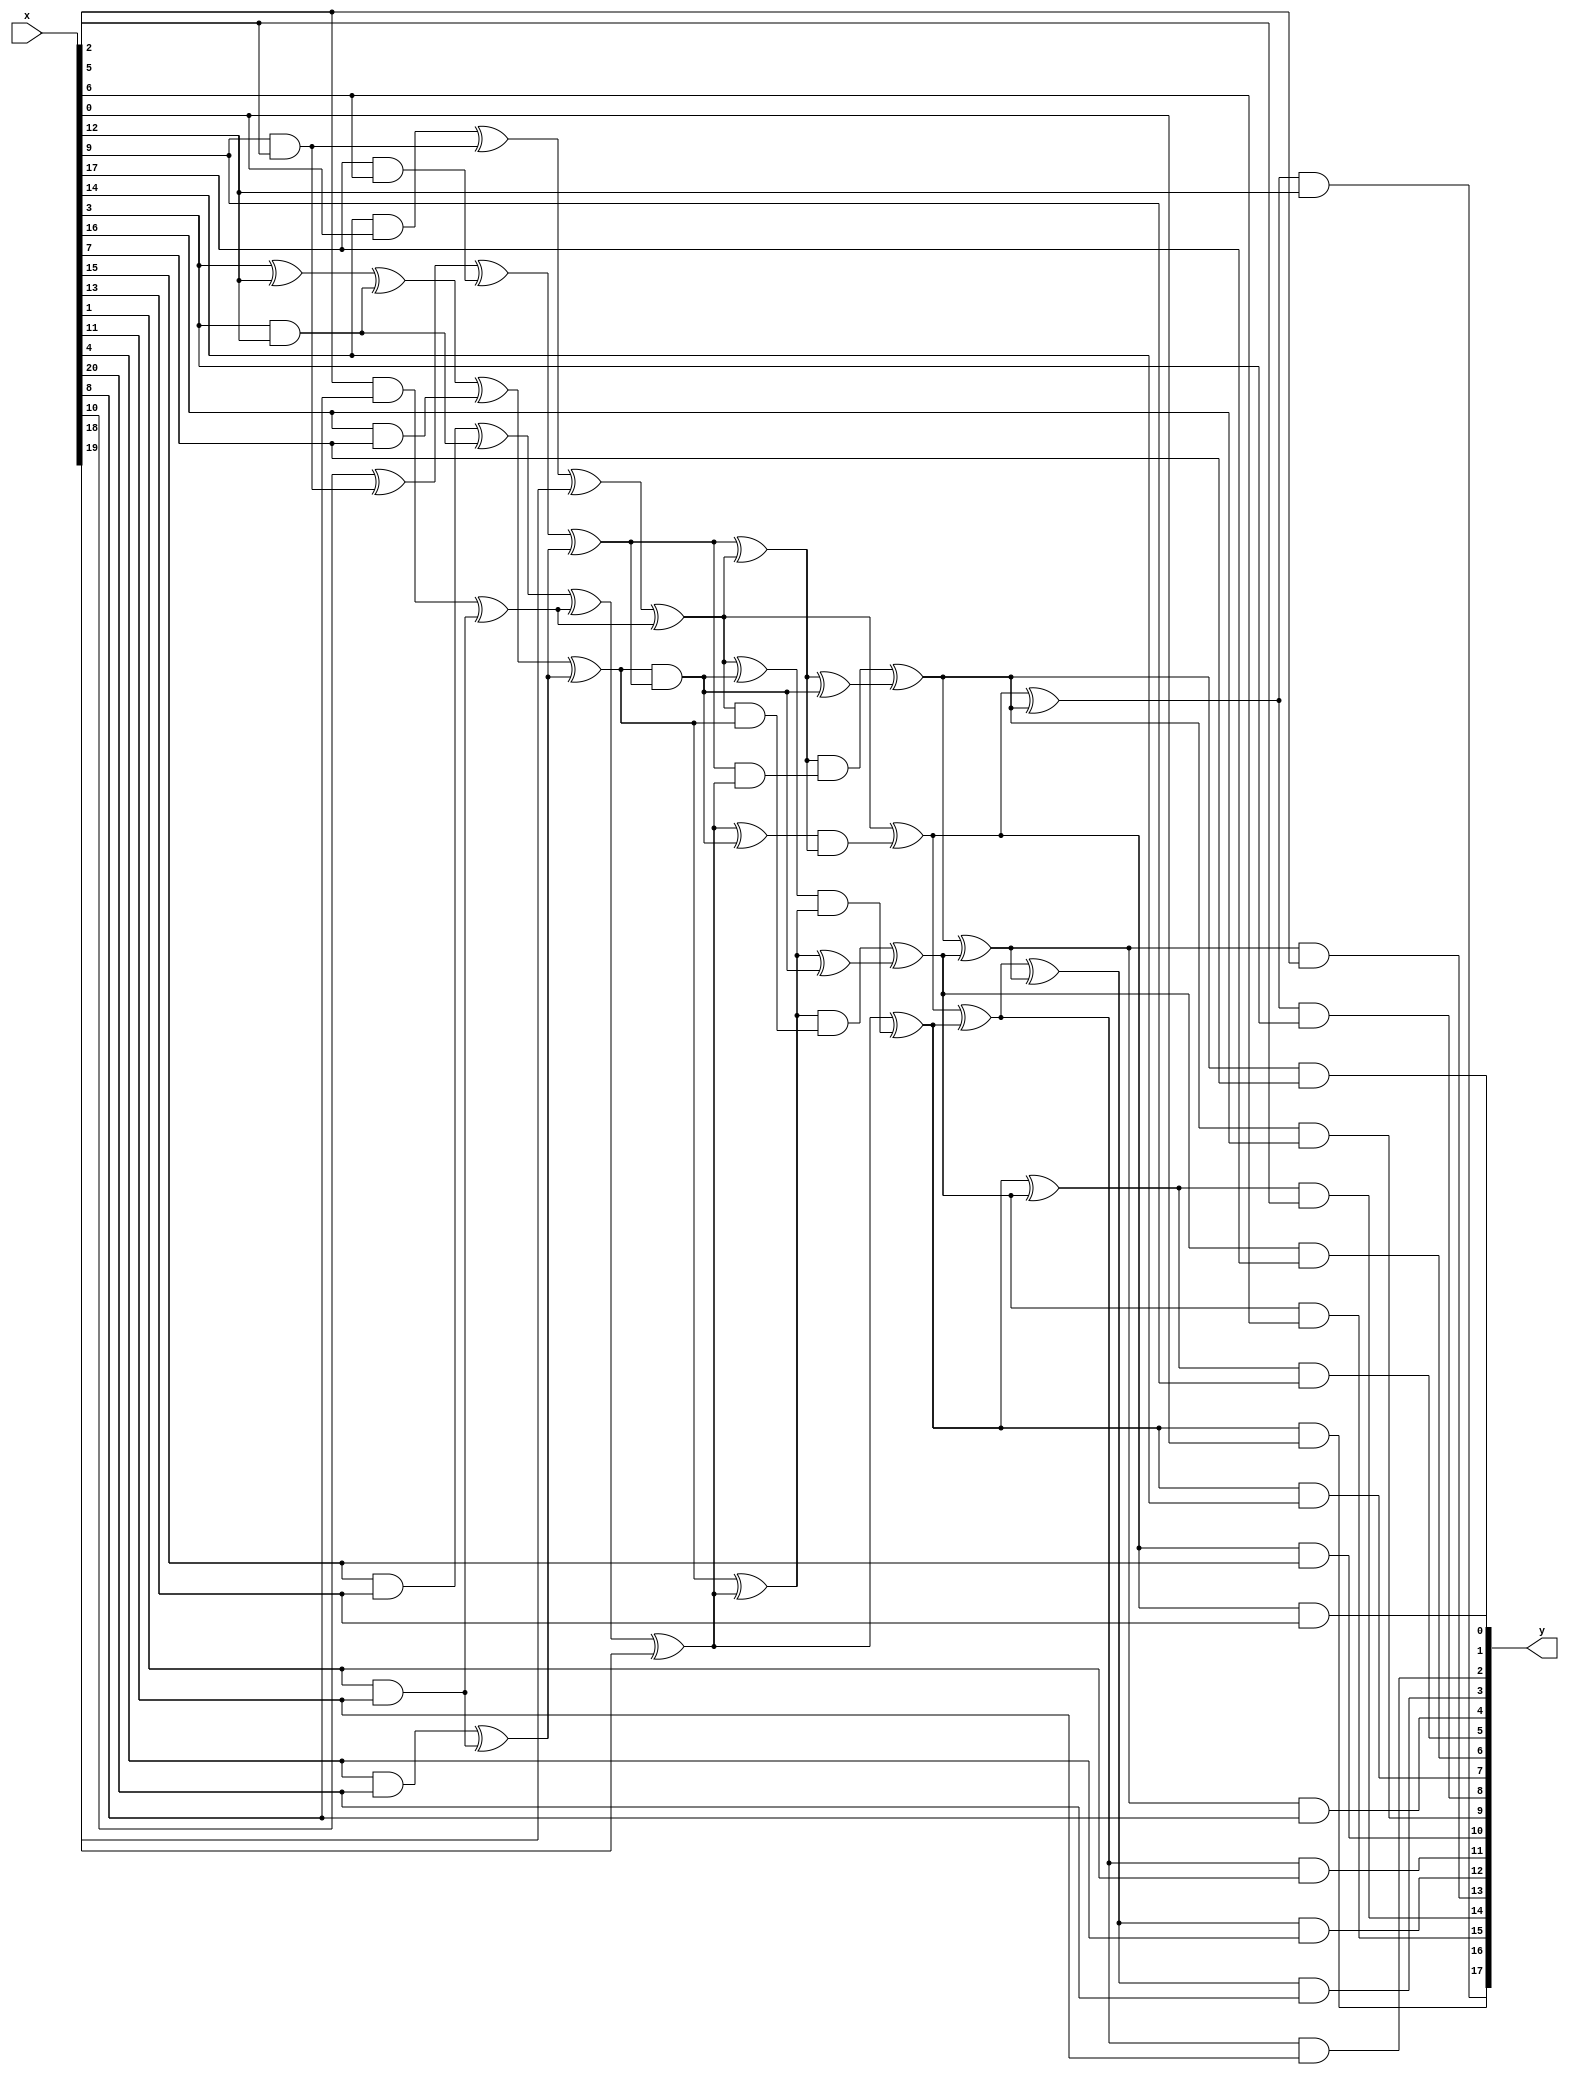
//  sboxes.v
//  2020-01-29  Markku-Juhani O. Saarinen <mjos@pqshield.com>
//  Copyright (c) 2020, PQShield Ltd. All rights reserved.

/*

    Non-hardened combinatorial logic for AES, inverse AES, and SM4 S-Boxes.

    Each S-Box has a nonlinear middle layer sandwitched between linear
    top and bottom layers. In this version the top ("inner") layer expands
    8 bits to 21 bits while the bottom layer compresses 18 bits back to 8.

    Overall structure and AES and AES^-1 slightly modified from [BoPe12].
    SM4 top and bottom layers by Markku-Juhani O. Saarinen, January 2020.

    The middle layer is common between all; the beneficiality of muxing it
    depends on target. Currently we are not doing it.

    How? Because all of these are "Nyberg S-boxes" [Ny93]; built form a
    multiplicative inverse in GF(256) and are therefore affine isomorphic.

    [BoPe12] Boyar J., Peralta R. "A Small Depth-16 Circuit for the AES
    S-Box." Proc.SEC 2012. IFIP AICT 376. Springer, pp. 287-298 (2012)
    DOI: https://doi.org/10.1007/978-3-642-30436-1_24
    Preprint: https://eprint.iacr.org/2011/332.pdf

    [Ny93] Nyberg K., "Differentially Uniform Mappings for Cryptography",
    Proc. EUROCRYPT '93, LNCS 765, Springer, pp. 55-64 (1993)
    DOI: https://doi.org/10.1007/3-540-48285-7_6

*/

//  The shared non-linear middle part for AES, AES^-1, and SM4.

module sbox_inv_mid( output [17:0] y, input [20:0] x );

    /* verilator lint_off UNOPTFLAT */
    wire [45:0] t;
    /* verilator lint_on UNOPTFLAT */

    assign  t[ 0] = x[ 3] ^  x[12];
    assign  t[ 1] = x[ 9] &  x[ 5];
    assign  t[ 2] = x[17] &  x[ 6];
    assign  t[ 3] = x[10] ^  t[ 1];
    assign  t[ 4] = x[14] &  x[ 0];
    assign  t[ 5] = t[ 4] ^  t[ 1];
    assign  t[ 6] = x[ 3] &  x[12];
    assign  t[ 7] = x[16] &  x[ 7];
    assign  t[ 8] = t[ 0] ^  t[ 6];
    assign  t[ 9] = x[15] &  x[13];
    assign  t[10] = t[ 9] ^  t[ 6];
    assign  t[11] = x[ 1] &  x[11];
    assign  t[12] = x[ 4] &  x[20];
    assign  t[13] = t[12] ^  t[11];
    assign  t[14] = x[ 2] &  x[ 8];
    assign  t[15] = t[14] ^  t[11];
    assign  t[16] = t[ 3] ^  t[ 2];
    assign  t[17] = t[ 5] ^  x[18];
    assign  t[18] = t[ 8] ^  t[ 7];
    assign  t[19] = t[10] ^  t[15];
    assign  t[20] = t[16] ^  t[13];
    assign  t[21] = t[17] ^  t[15];
    assign  t[22] = t[18] ^  t[13];
    assign  t[23] = t[19] ^  x[19];
    assign  t[24] = t[22] ^  t[23];
    assign  t[25] = t[22] &  t[20];
    assign  t[26] = t[21] ^  t[25];
    assign  t[27] = t[20] ^  t[21];
    assign  t[28] = t[23] ^  t[25];
    assign  t[29] = t[28] &  t[27];
    assign  t[30] = t[26] &  t[24];
    assign  t[31] = t[20] &  t[23];
    assign  t[32] = t[27] &  t[31];
    assign  t[33] = t[27] ^  t[25];
    assign  t[34] = t[21] &  t[22];
    assign  t[35] = t[24] &  t[34];
    assign  t[36] = t[24] ^  t[25];
    assign  t[37] = t[21] ^  t[29];
    assign  t[38] = t[32] ^  t[33];
    assign  t[39] = t[23] ^  t[30];
    assign  t[40] = t[35] ^  t[36];
    assign  t[41] = t[38] ^  t[40];
    assign  t[42] = t[37] ^  t[39];
    assign  t[43] = t[37] ^  t[38];
    assign  t[44] = t[39] ^  t[40];
    assign  t[45] = t[42] ^  t[41];
    assign  y[ 0] = t[38] &  x[ 7];
    assign  y[ 1] = t[37] &  x[13];
    assign  y[ 2] = t[42] &  x[11];
    assign  y[ 3] = t[45] &  x[20];
    assign  y[ 4] = t[41] &  x[ 8];
    assign  y[ 5] = t[44] &  x[ 9];
    assign  y[ 6] = t[40] &  x[17];
    assign  y[ 7] = t[39] &  x[14];
    assign  y[ 8] = t[43] &  x[ 3];
    assign  y[ 9] = t[38] &  x[16];
    assign  y[10] = t[37] &  x[15];
    assign  y[11] = t[42] &  x[ 1];
    assign  y[12] = t[45] &  x[ 4];
    assign  y[13] = t[41] &  x[ 2];
    assign  y[14] = t[44] &  x[ 5];
    assign  y[15] = t[40] &  x[ 6];
    assign  y[16] = t[39] &  x[ 0];
    assign  y[17] = t[43] &  x[12];

endmodule

//  === AES (Forward) ===

`ifndef E1S_NO_AES

//  top (inner) linear layer for AES

module sbox_aes_top( output [20:0] y, input [7:0] x);

    /* verilator lint_off UNOPTFLAT */
    wire [5:0] t;
    /* verilator lint_on UNOPTFLAT */

    assign  y[ 0] = x[ 0];
    assign  y[ 1] = x[ 7] ^  x[ 4];
    assign  y[ 2] = x[ 7] ^  x[ 2];
    assign  y[ 3] = x[ 7] ^  x[ 1];
    assign  y[ 4] = x[ 4] ^  x[ 2];
    assign  t[ 0] = x[ 3] ^  x[ 1];
    assign  y[ 5] = y[ 1] ^  t[ 0];
    assign  t[ 1] = x[ 6] ^  x[ 5];
    assign  y[ 6] = x[ 0] ^  y[ 5];
    assign  y[ 7] = x[ 0] ^  t[ 1];
    assign  y[ 8] = y[ 5] ^  t[ 1];
    assign  t[ 2] = x[ 6] ^  x[ 2];
    assign  t[ 3] = x[ 5] ^  x[ 2];
    assign  y[ 9] = y[ 3] ^  y[ 4];
    assign  y[10] = y[ 5] ^  t[ 2];
    assign  y[11] = t[ 0] ^  t[ 2];
    assign  y[12] = t[ 0] ^  t[ 3];
    assign  y[13] = y[ 7] ^  y[12];
    assign  t[ 4] = x[ 4] ^  x[ 0];
    assign  y[14] = t[ 1] ^  t[ 4];
    assign  y[15] = y[ 1] ^  y[14];
    assign  t[ 5] = x[ 1] ^  x[ 0];
    assign  y[16] = t[ 1] ^  t[ 5];
    assign  y[17] = y[ 2] ^  y[16];
    assign  y[18] = y[ 2] ^  y[ 8];
    assign  y[19] = y[15] ^  y[13];
    assign  y[20] = y[ 1] ^  t[ 3];

endmodule

//  bottom (outer) linear layer for AES

module sbox_aes_out( output [7:0] y, input [17:0] x);

    /* verilator lint_off UNOPTFLAT */
    wire [29:0] t;
    /* verilator lint_on UNOPTFLAT */

    assign  t[ 0] = x[11] ^  x[12];
    assign  t[ 1] = x[ 0] ^  x[ 6];
    assign  t[ 2] = x[14] ^  x[16];
    assign  t[ 3] = x[15] ^  x[ 5];
    assign  t[ 4] = x[ 4] ^  x[ 8];
    assign  t[ 5] = x[17] ^  x[11];
    assign  t[ 6] = x[12] ^  t[ 5];
    assign  t[ 7] = x[14] ^  t[ 3];
    assign  t[ 8] = x[ 1] ^  x[ 9];
    assign  t[ 9] = x[ 2] ^  x[ 3];
    assign  t[10] = x[ 3] ^  t[ 4];
    assign  t[11] = x[10] ^  t[ 2];
    assign  t[12] = x[16] ^  x[ 1];
    assign  t[13] = x[ 0] ^  t[ 0];
    assign  t[14] = x[ 2] ^  x[11];
    assign  t[15] = x[ 5] ^  t[ 1];
    assign  t[16] = x[ 6] ^  t[ 0];
    assign  t[17] = x[ 7] ^  t[ 1];
    assign  t[18] = x[ 8] ^  t[ 8];
    assign  t[19] = x[13] ^  t[ 4];
    assign  t[20] = t[ 0] ^  t[ 1];
    assign  t[21] = t[ 1] ^  t[ 7];
    assign  t[22] = t[ 3] ^  t[12];
    assign  t[23] = t[18] ^  t[ 2];
    assign  t[24] = t[15] ^  t[ 9];
    assign  t[25] = t[ 6] ^  t[10];
    assign  t[26] = t[ 7] ^  t[ 9];
    assign  t[27] = t[ 8] ^  t[10];
    assign  t[28] = t[11] ^  t[14];
    assign  t[29] = t[11] ^  t[17];
    assign  y[ 0] = t[ 6] ^~ t[23];
    assign  y[ 1] = t[13] ^~ t[27];
    assign  y[ 2] = t[25] ^  t[29];
    assign  y[ 3] = t[20] ^  t[22];
    assign  y[ 4] = t[ 6] ^  t[21];
    assign  y[ 5] = t[19] ^~ t[28];
    assign  y[ 6] = t[16] ^~ t[26];
    assign  y[ 7] = t[ 6] ^  t[24];

endmodule

//  AES s-box

module aes_fwd_sbox( output [7:0] fx, input [7:0] in );

    /* verilator lint_off UNOPTFLAT */
    wire [20:0] t1;
    wire [17:0] t2;
    /* verilator lint_on UNOPTFLAT */

    sbox_aes_top top ( .y(t1), .x(in) );
    sbox_inv_mid mid ( .y(t2), .x(t1) );
    sbox_aes_out out ( .y(fx), .x(t2) );

endmodule

`endif


//  === AES^-1 (Inverse) ===

`ifndef E1S_NO_AESI

//  top (inner) linear layer for AES^-1

module sbox_aesi_top( output [20:0] y, input [7:0] x);

    /* verilator lint_off UNOPTFLAT */
    wire [4:0] t;
    /* verilator lint_on UNOPTFLAT */

    assign  y[17] = x[ 7] ^  x[ 4];
    assign  y[16] = x[ 6] ^~ x[ 4];
    assign  y[ 2] = x[ 7] ^~ x[ 6];
    assign  y[ 1] = x[ 4] ^  x[ 3];
    assign  y[18] = x[ 3] ^~ x[ 0];
    assign  t[ 0] = x[ 1] ^  x[ 0];
    assign  y[ 6] = x[ 6] ^~ y[17];
    assign  y[14] = y[16] ^  t[ 0];
    assign  y[ 7] = x[ 0] ^~ y[ 1];
    assign  y[ 8] = y[ 2] ^  y[18];
    assign  y[ 9] = y[ 2] ^  t[ 0];
    assign  y[ 3] = y[ 1] ^  t[ 0];
    assign  y[19] = x[ 5] ^~ y[ 1];
    assign  t[ 1] = x[ 6] ^  x[ 1];
    assign  y[13] = x[ 5] ^~ y[14];
    assign  y[15] = y[18] ^  t[ 1];
    assign  y[ 4] = x[ 3] ^  y[ 6];
    assign  t[ 2] = x[ 5] ^~ x[ 2];
    assign  t[ 3] = x[ 2] ^~ x[ 1];
    assign  t[ 4] = x[ 5] ^~ x[ 3];
    assign  y[ 5] = y[16] ^  t[ 2];
    assign  y[12] = t[ 1] ^  t[ 4];
    assign  y[20] = y[ 1] ^  t[ 3];
    assign  y[11] = y[ 8] ^  y[20];
    assign  y[10] = y[ 8] ^  t[ 3];
    assign  y[ 0] = x[ 7] ^  t[ 2];

endmodule

//  bottom (outer) linear layer for AES^-1

module sbox_aesi_out( output [7:0] y, input [17:0] x);

    /* verilator lint_off UNOPTFLAT */
    wire [29:0] t;
    /* verilator lint_on UNOPTFLAT */

    assign  t[ 0] = x[ 2] ^  x[11];
    assign  t[ 1] = x[ 8] ^  x[ 9];
    assign  t[ 2] = x[ 4] ^  x[12];
    assign  t[ 3] = x[15] ^  x[ 0];
    assign  t[ 4] = x[16] ^  x[ 6];
    assign  t[ 5] = x[14] ^  x[ 1];
    assign  t[ 6] = x[17] ^  x[10];
    assign  t[ 7] = t[ 0] ^  t[ 1];
    assign  t[ 8] = x[ 0] ^  x[ 3];
    assign  t[ 9] = x[ 5] ^  x[13];
    assign  t[10] = x[ 7] ^  t[ 4];
    assign  t[11] = t[ 0] ^  t[ 3];
    assign  t[12] = x[14] ^  x[16];
    assign  t[13] = x[17] ^  x[ 1];
    assign  t[14] = x[17] ^  x[12];
    assign  t[15] = x[ 4] ^  x[ 9];
    assign  t[16] = x[ 7] ^  x[11];
    assign  t[17] = x[ 8] ^  t[ 2];
    assign  t[18] = x[13] ^  t[ 5];
    assign  t[19] = t[ 2] ^  t[ 3];
    assign  t[20] = t[ 4] ^  t[ 6];
    assign  t[22] = t[ 2] ^  t[ 7];
    assign  t[23] = t[ 7] ^  t[ 8];
    assign  t[24] = t[ 5] ^  t[ 7];
    assign  t[25] = t[ 6] ^  t[10];
    assign  t[26] = t[ 9] ^  t[11];
    assign  t[27] = t[10] ^  t[18];
    assign  t[28] = t[11] ^  t[25];
    assign  t[29] = t[15] ^  t[20];
    assign  y[ 0] = t[ 9] ^  t[16];
    assign  y[ 1] = t[14] ^  t[23];
    assign  y[ 2] = t[19] ^  t[24];
    assign  y[ 3] = t[23] ^  t[27];
    assign  y[ 4] = t[12] ^  t[22];
    assign  y[ 5] = t[17] ^  t[28];
    assign  y[ 6] = t[26] ^  t[29];
    assign  y[ 7] = t[13] ^  t[22];

endmodule

//  AES inverse S-box

module aes_inv_sbox( output [7:0] fx, input [7:0] in );

    /* verilator lint_off UNOPTFLAT */
    wire [20:0] t1;
    wire [17:0] t2;
    /* verilator lint_on UNOPTFLAT */

    sbox_aesi_top top ( .y(t1), .x(in) );
    sbox_inv_mid mid  ( .y(t2), .x(t1) );
    sbox_aesi_out out ( .y(fx), .x(t2) );

endmodule

`endif


//
// Implement a single 1-byte lookup for the AES SBox or inverse SBox
module aes_sbox(
    input  wire [7:0] in    ,   // Input byte
    input  wire       inv   ,   // Perform inverse (set) or forward lookup
    output wire [7:0] out       // Output byte
);

parameter DECRYPT_EN = 1;

wire [7:0] inv_out;
wire [7:0] fwd_out;

assign out = inv && DECRYPT_EN ? inv_out : fwd_out;

generate if(DECRYPT_EN ) begin: decrypt_enabled
aes_inv_sbox i_aesi_sbox (
.in(in),
.fx(inv_out)
);
end else begin : decrypt_disabled
assign inv_out = 8'b0;
end endgenerate

aes_fwd_sbox i_aes_sbox (
.in(in),
.fx(fwd_out)
);

endmodule